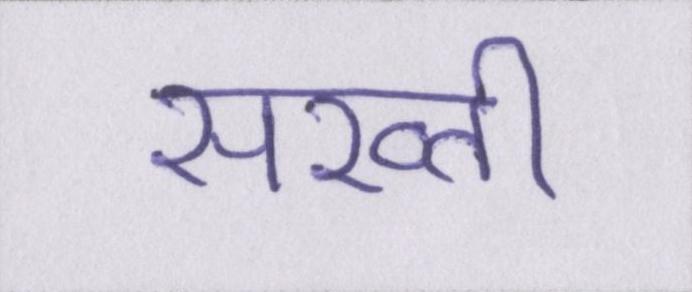
सख्ती